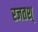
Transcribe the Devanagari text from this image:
रजतश्